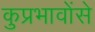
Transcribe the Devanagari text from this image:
कुप्रभावोंसे